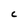
Character: C